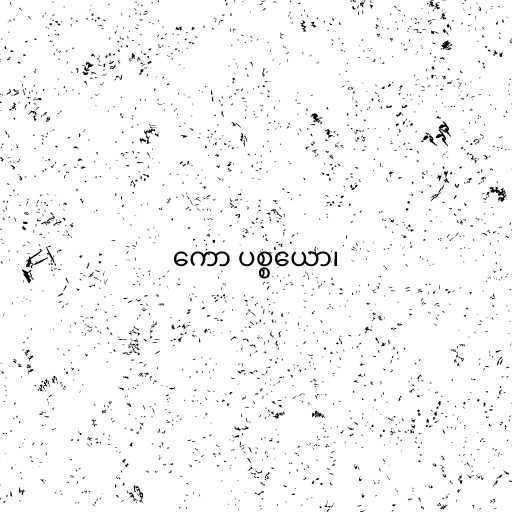
ကော ပစ္စယော၊